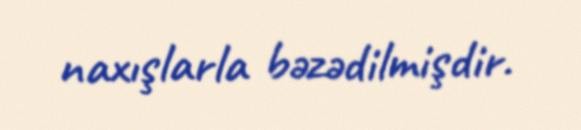
naxışlarla bəzədilmişdir.